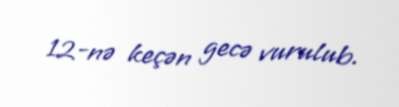
12-nə keçən gecə vurulub.